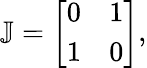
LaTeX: \mathbb{J}=\left[\begin{array}{ll}{0}&{1}\\ {1}&{0}\end{array}\right],